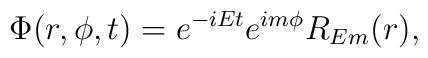
\Phi(r, \phi, t) = e^{-iEt}e^{i m \phi} R_{Em} (r),